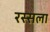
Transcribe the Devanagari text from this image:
रस्सला